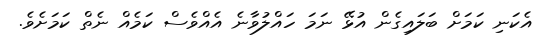
އެކަނި ކަމަށް ބަލައިގެން އުޅޭ ނަމަ ހައްލުވާނެ އެއްވެސް ކަމެއް ނެތް ކަމަށެވެ.